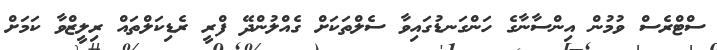
ސްޓްރެސް ވުމުން އިންސާނާގެ ހަންގަނޑުގައިވާ ސެލްތަކަށް ގެއްލުންދޭ ފްރީ ރެޑިކަލްތައް ރިލީޒްވާ ކަމަށް